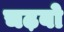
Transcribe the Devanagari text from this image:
चढ़बो